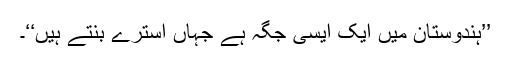
’’ہندوستان میں ایک ایسی جگہ ہے جہاں اُسترے بنتے ہیں‘‘۔